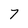
Character: 7